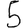
Digit: 5